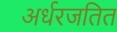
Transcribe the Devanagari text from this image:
अर्धरजतित